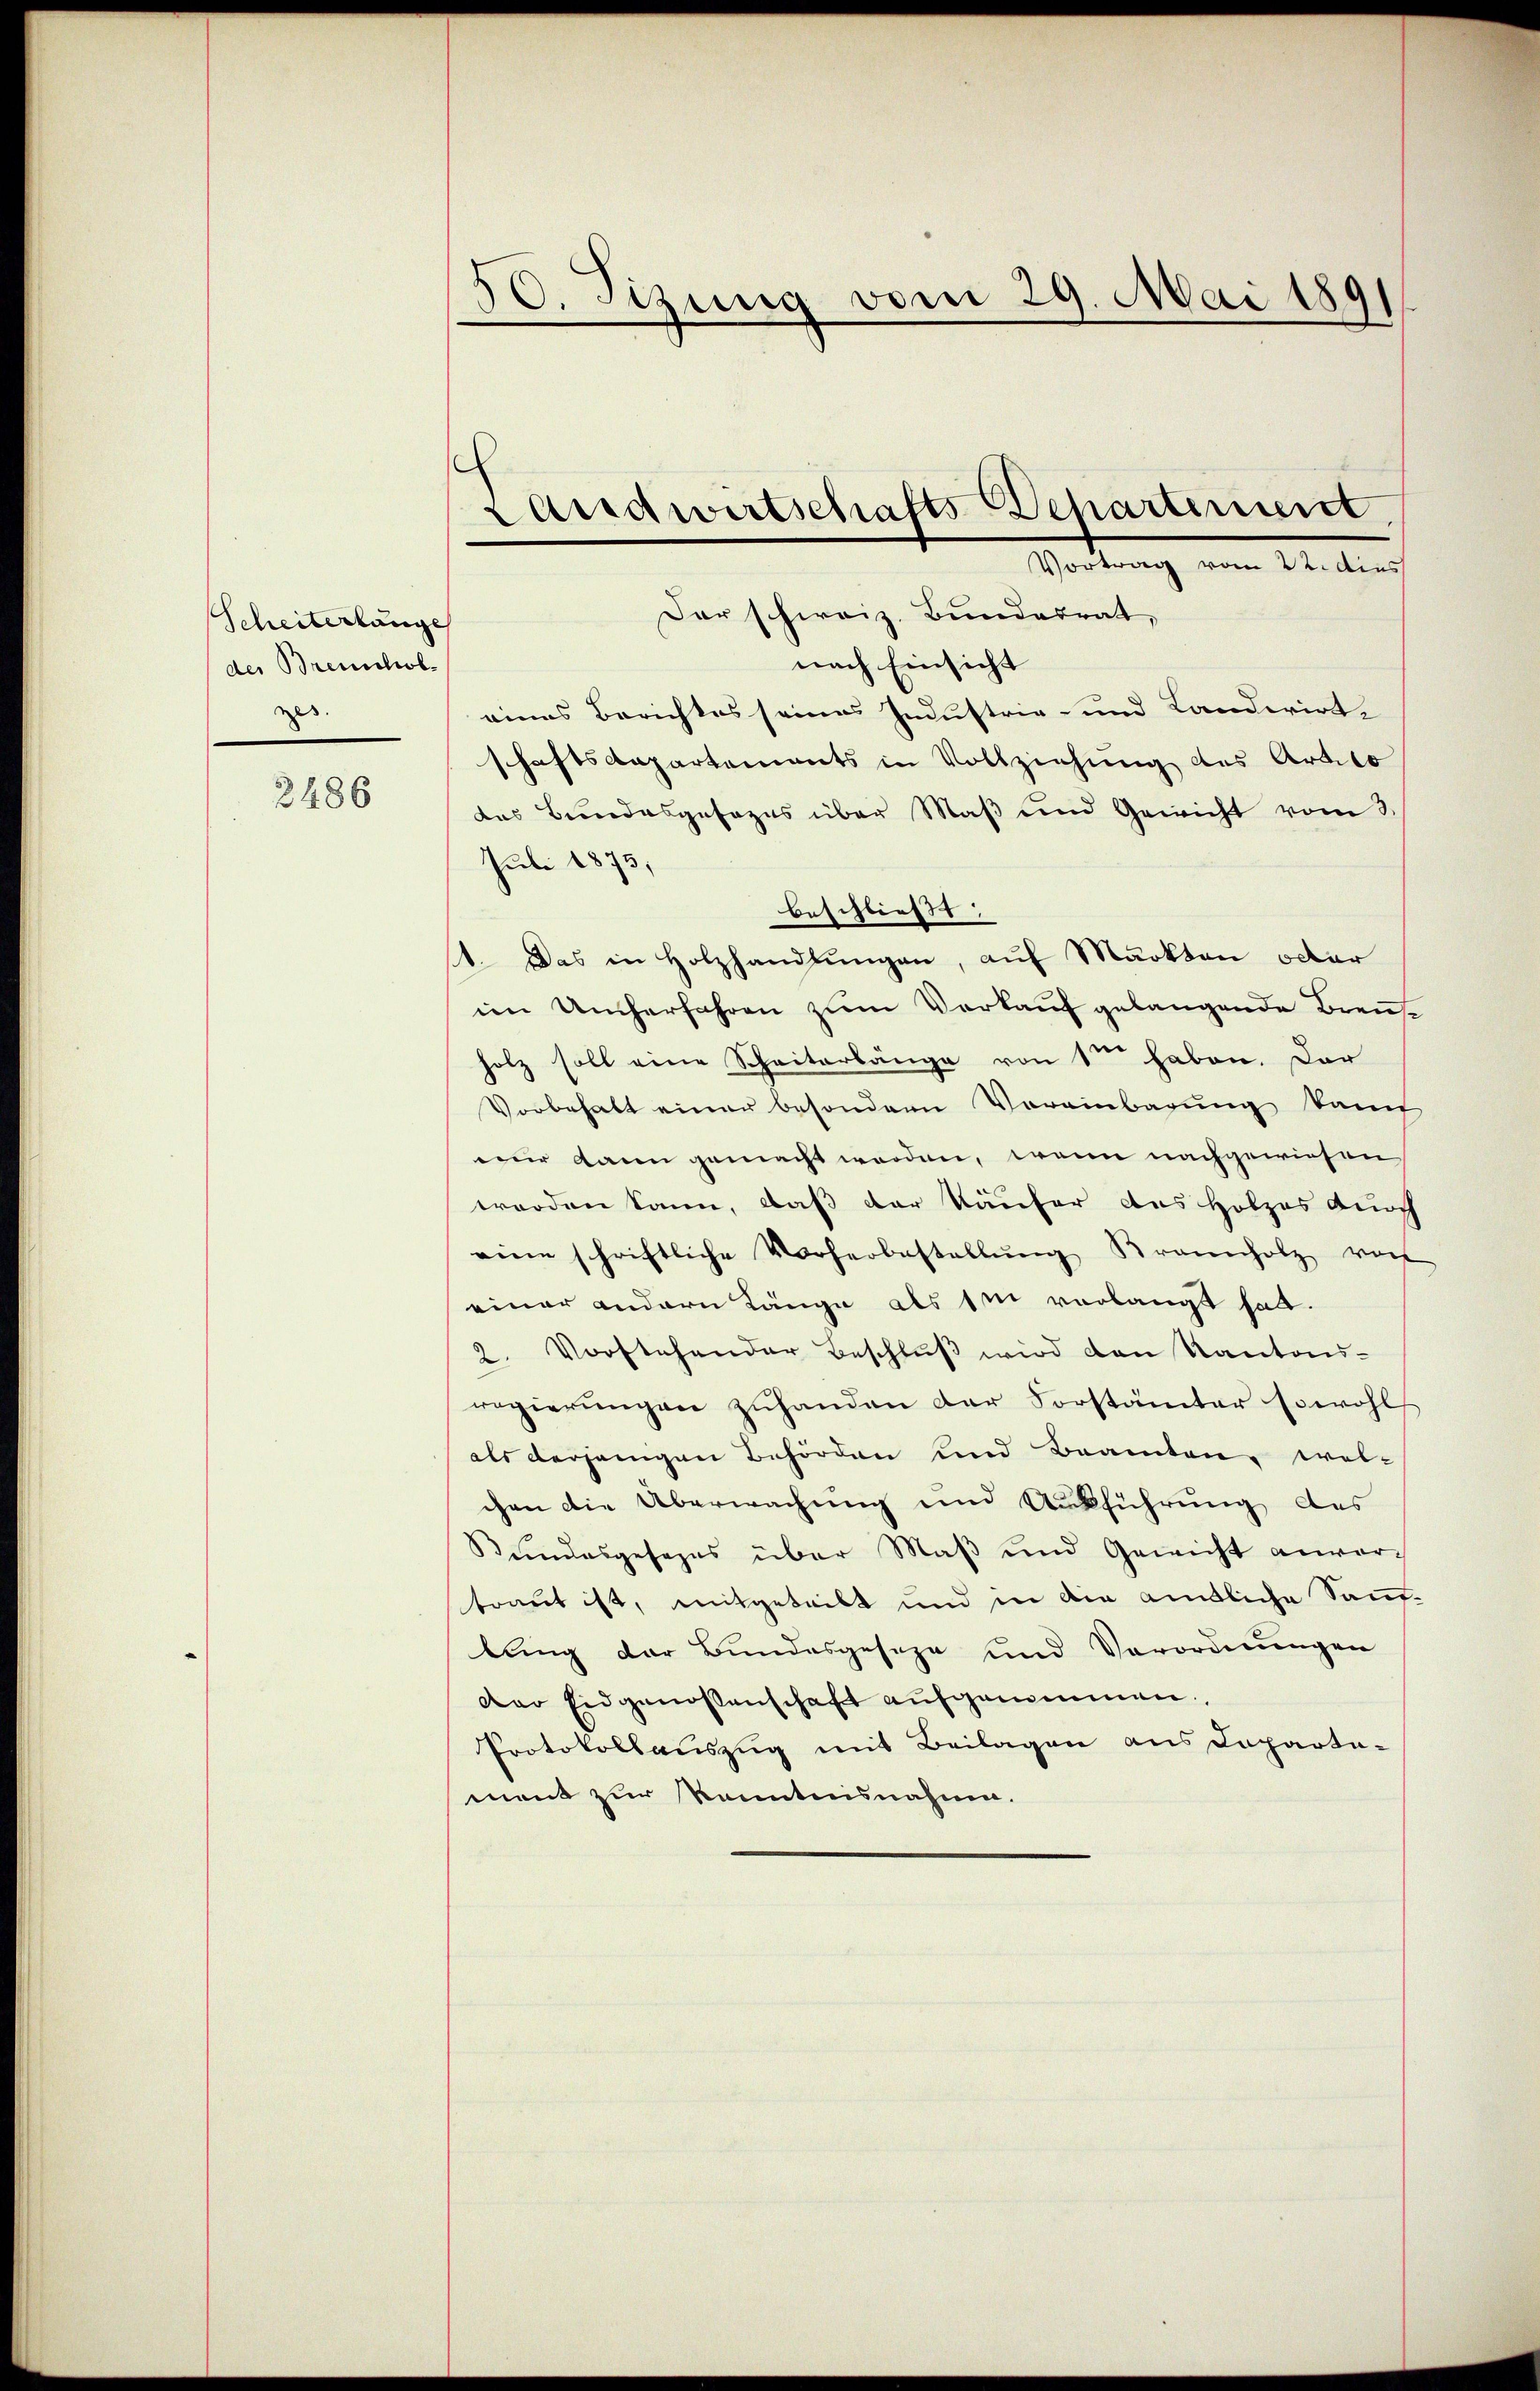
Scheiterlange
der Brennholzes.

2486

50. Sizung vom 29. Mai 1891

Landwirtschafts Departement
Vortrag vom 22. dies
Der schweiz. Bundesrat,

nach Einsicht
eines Berichtes seines Industrie- und Landwirt-
schaftsdepartements in Vollziehung des Artilo
des Bundesgesezes über Maβ und Gewicht vom 3.
Juli 1873,
beschließt:
1. Das in Holzhandlungen, auf Markten octor
im Umherfahren zum Verkauf gelangende Brenholz soll eine Scheiterlänge von 1ten haben. Dar
Vorbehalt einer besondern Vereinbarŭng kann
eur dann gemacht worden, wenn nachgewiesen
worden kann, daß der Käufer des Holzes durch
eine schriftliche Vorherbestellŭng Brannholz vor
einer andern Länge als in verlangt hat.
2. Vorstehender Beschlŭβ wird den Kantons-
regierŭngen zŭhanden der Vorstämter sowohl
als derjenigen Behörden und Beamten, wel-
chen die Überwachung und Ausführung des
Bundesgesezes über Maβ und Gewicht anvortraut ist, mitgeteilt und in die amtliche Sauflung der Bundesgeseze und Verordnŭngen
Der Eidgenossenschaft aufgenommen,
Protokollauszug mit Beilagen aus Caparta-
ment zur Kenntnisnahm.